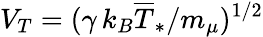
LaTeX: V_{T}=(\gamma\, k_{B}\overline{{T}}_{\ast}/m_{\mu})^{1/2}